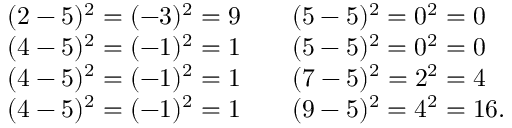
{ \begin{array} { l l l } { ( 2 - 5 ) ^ { 2 } = ( - 3 ) ^ { 2 } = 9 } & & { ( 5 - 5 ) ^ { 2 } = 0 ^ { 2 } = 0 } \\ { ( 4 - 5 ) ^ { 2 } = ( - 1 ) ^ { 2 } = 1 } & & { ( 5 - 5 ) ^ { 2 } = 0 ^ { 2 } = 0 } \\ { ( 4 - 5 ) ^ { 2 } = ( - 1 ) ^ { 2 } = 1 } & & { ( 7 - 5 ) ^ { 2 } = 2 ^ { 2 } = 4 } \\ { ( 4 - 5 ) ^ { 2 } = ( - 1 ) ^ { 2 } = 1 } & & { ( 9 - 5 ) ^ { 2 } = 4 ^ { 2 } = 1 6 . } \end{array} }